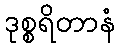
ဒုစ္စရိတာနံ